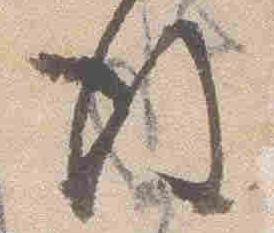
後